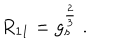
R _ { 1 1 } = g _ { s } ^ { \frac { 2 } { 3 } } \ .